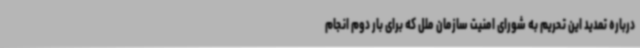
درباره تمدید این تحریم به شورای امنیت سازمان ملل که برای بار دوم انجام